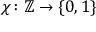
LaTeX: \chi \colon \mathbb { Z } \to \{ 0 , 1 \}